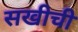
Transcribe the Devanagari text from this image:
सखीची